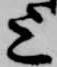
上